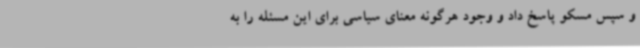
و سپس مسکو پاسخ داد و وجود هرگونه معنای سیاسی برای این مسئله را به